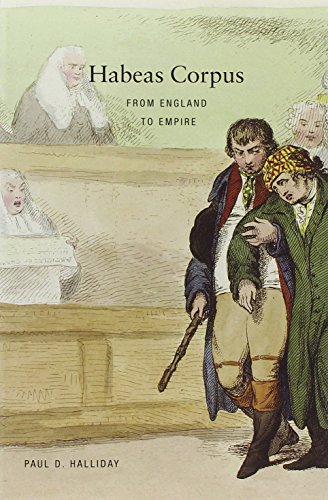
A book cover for Habeas Corpus: From England to Empire; Paul D. Halliday; Law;